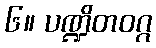
၆။ ပဏ္ဍိတဝဂ္ဂ